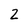
Character: 2